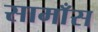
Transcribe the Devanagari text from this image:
सामाँस